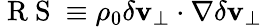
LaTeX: \mathrm{~R~S~}\equiv\rho_{0}\delta\mathbf{v}_{\perp}\cdot\nabla\delta\mathbf{v}_{\perp}